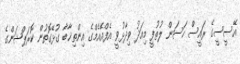
އޭސީސީގެ ރައީސް ހަސަން ލުތުފީ މިއަދު ވިދާޅުވީ އެފްއޭއެމްގެ އިންތިޚާބާ ގުޅޭގޮތުން ކޮރަޕްޝަންގެ